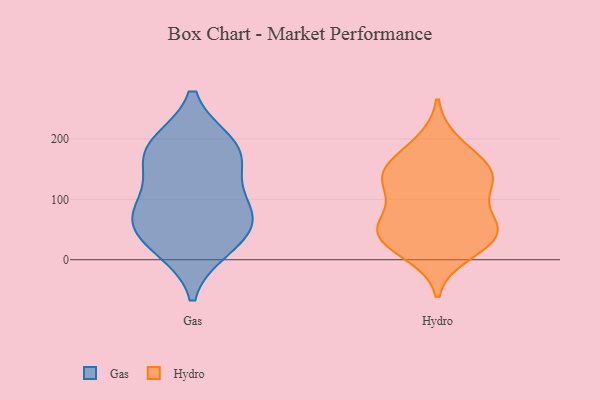
{"axis": {"x": "Latency (ms)", "y": "Value"}, "legend": ["Gas", "Hydro"], "data": [{"x": "", "y": 86, "type": "Gas"}, {"x": "", "y": 191, "type": "Gas"}, {"x": "", "y": 60, "type": "Gas"}, {"x": "", "y": 93, "type": "Gas"}, {"x": "", "y": 30, "type": "Gas"}, {"x": "", "y": 191, "type": "Gas"}, {"x": "", "y": 20, "type": "Gas"}, {"x": "", "y": 67, "type": "Gas"}, {"x": "", "y": 166, "type": "Gas"}, {"x": "", "y": 161, "type": "Gas"}, {"x": "", "y": 57, "type": "Hydro"}, {"x": "", "y": 149, "type": "Hydro"}, {"x": "", "y": 11, "type": "Hydro"}, {"x": "", "y": 140, "type": "Hydro"}, {"x": "", "y": 37, "type": "Hydro"}, {"x": "", "y": 52, "type": "Hydro"}, {"x": "", "y": 118, "type": "Hydro"}, {"x": "", "y": 48, "type": "Hydro"}, {"x": "", "y": 29, "type": "Hydro"}, {"x": "", "y": 124, "type": "Hydro"}, {"x": "", "y": 61, "type": "Hydro"}, {"x": "", "y": 135, "type": "Hydro"}, {"x": "", "y": 193, "type": "Hydro"}, {"x": "", "y": 164, "type": "Hydro"}]}